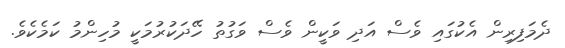
ދެމަފިރިން އެކުގައި ވެސް އަދި ވަކީން ވެސް ވަގުތު ހޭދަކުރުމަކީ މުހިންމު ކަމެކެވެ.